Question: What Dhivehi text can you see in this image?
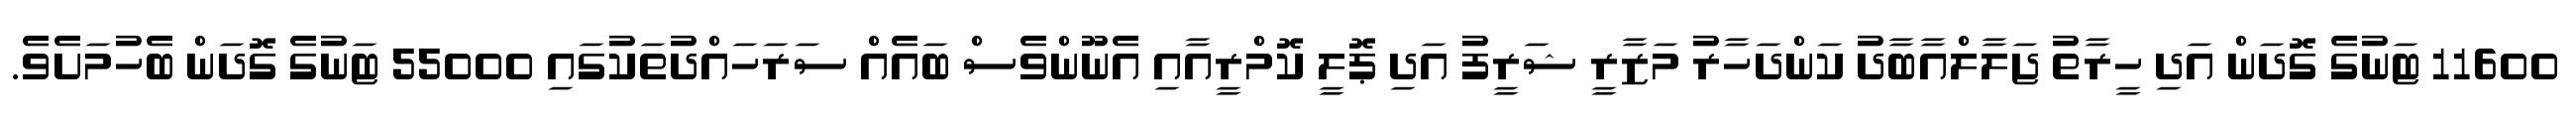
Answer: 11600 ޓަނުގެ ގޮދަން އަދި ހީރާތު ޖަލާލްއާބާދު ކަންދަހާރު މަޒާރީ ޝަރީފު އަދި ޕޮލީ ކޮމްރީއާއި އެނޫންވެސް ބައެއް ސަރަހައްދުތަކުގައި 55000 ޓަނުގެ ގޮދަން ބެހުމަށެވެ.